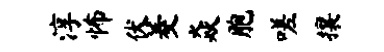
淳怖伏菱焱胞嗟攘